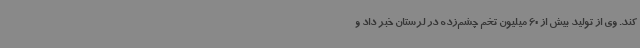
کند. وی از تولید بیش از 60 میلیون تخم چشم‌زده در لرستان خبر داد و